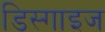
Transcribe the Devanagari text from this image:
डिस्गाइज